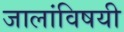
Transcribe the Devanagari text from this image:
जालांविषयी